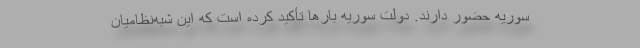
سوریه حضور دارند. دولت سوریه بارها تأکید کرده است که این شبه‌نظامیان